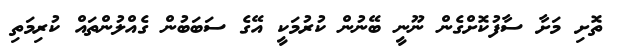
ތޮށި މަށާ ސާފުކޮށްގެން ނޫނީ ބޭނުން ކުރުމަކީ އޭގެ ސަބަބުން ގެއްލުންތައް ކުރިމަތި